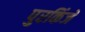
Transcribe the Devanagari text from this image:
पुरकिंजे